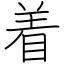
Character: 着